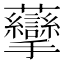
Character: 䖂